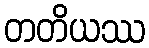
တတိယဿ